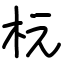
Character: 杬